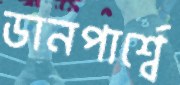
ডানপার্শ্বে